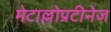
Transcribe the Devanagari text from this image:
मेटाल्लोप्रटीनेज